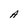
Character: A